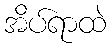
အိပ်ရာထဲ